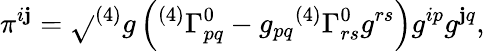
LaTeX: \pi^{i\mathbf{j}}={\sqrt{}{{^{(4)}g}}}\left({^{(4)}}\Gamma_{pq}^{0}-g_{pq}{^{(4)}}\Gamma_{rs}^{0}g^{rs}\right)g^{ip}g^{\mathbf{j}q},